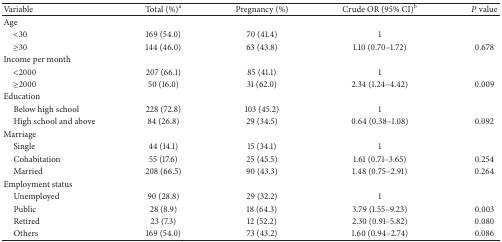
| Variable | Total (%)a | Pregnancy (%) | Crude OR (95% CI)b | P value |
 | --- | --- | --- | --- | --- |
 | Age |  |  |  |  |
 | <30 | 169 (54.0) | 70 (41.4) | 1 |  |
 | ≥30 | 144 (46.0) | 63 (43.8) | 1.10 (0.70–1.72) | 0.678 |
 | Income per month |  |  |  |  |
 | <2000 | 207 (66.1) | 85 (41.1) | 1 |  |
 | ≥2000 | 50 (16.0) | 31 (62.0) | 2.34 (1.24–4.42) | 0.009 |
 | Education |  |  |  |  |
 | Below high school | 228 (72.8) | 103 (45.2) | 1 |  |
 | High school and above | 84 (26.8) | 29 (34.5) | 0.64 (0.38–1.08) | 0.092 |
 | Marriage |  |  |  |  |
 | Single | 44 (14.1) | 15 (34.1) | 1 |  |
 | Cohabitation | 55 (17.6) | 25 (45.5) | 1.61 (0.71–3.65) | 0.254 |
 | Married | 208 (66.5) | 90 (43.3) | 1.48 (0.75–2.91) | 0.264 |
 | Employment status |  |  |  |  |
 | Unemployed | 90 (28.8) | 29 (32.2) | 1 |  |
 | Public | 28 (8.9) | 18 (64.3) | 3.79 (1.55–9.23) | 0.003 |
 | Retired | 23 (7.3) | 12 (52.2) | 2.30 (0.91–5.82) | 0.080 |
 | Others | 169 (54.0) | 73 (43.2) | 1.60 (0.94–2.74) | 0.086 |